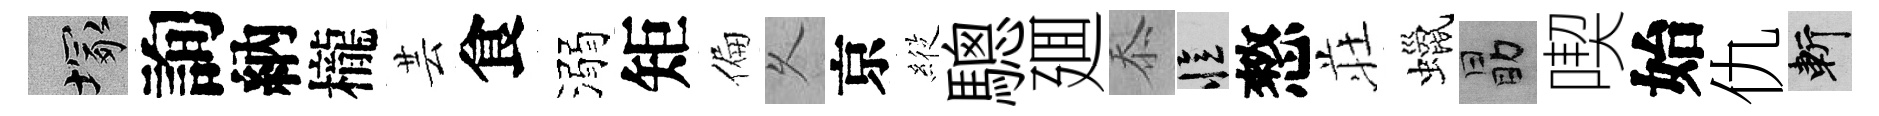
塚詢納櫳芸食溺矩偏乆京𦂵驄廽忝忆憗荘蠟勗喫始仇斬